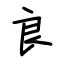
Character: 良